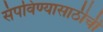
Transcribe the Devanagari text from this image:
संपविण्यासाठीची